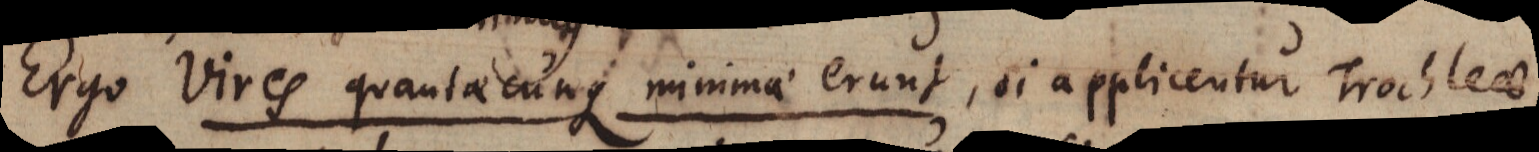
Ergo vires quantaecunque minimae erunt, si applicentur Trochleae